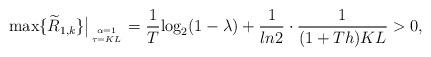
LaTeX: \begin{align*}\textrm{max}\{\widetilde{R}_{1,k} \} \big{|}_{{\alpha = 1}\atop{\tau = KL}} = \frac{1}{T}\textmd{log}_2(1-\lambda) + \frac{1}{ln2}\cdot\frac{1}{(1+Th)KL} > 0,\end{align*}